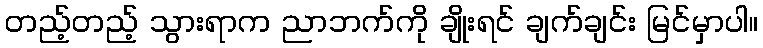
တည့်တည့် သွားရာက ညာဘက်ကို ချိုးရင် ချက်ချင်း မြင်မှာပါ။